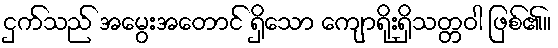
ငှက်သည် အမွေးအတောင် ရှိသော ကျောရိုးရှိသတ္တဝါ ဖြစ်၏။